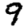
Digit: 9